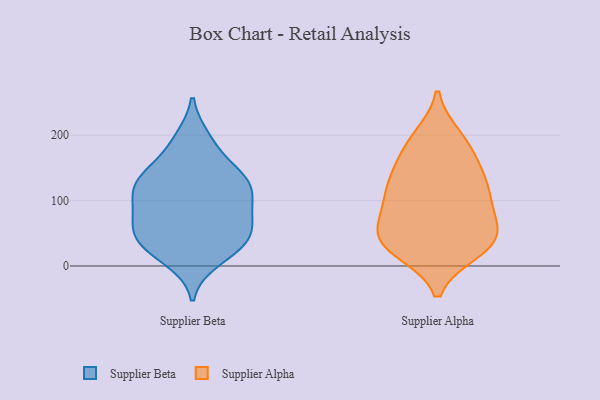
{"axis": {"x": "Budget (USD K)", "y": "Value"}, "legend": ["Supplier Alpha", "Supplier Beta"], "data": [{"x": "", "y": 131, "type": "Supplier Beta"}, {"x": "", "y": 57, "type": "Supplier Beta"}, {"x": "", "y": 11, "type": "Supplier Beta"}, {"x": "", "y": 35, "type": "Supplier Beta"}, {"x": "", "y": 140, "type": "Supplier Beta"}, {"x": "", "y": 123, "type": "Supplier Beta"}, {"x": "", "y": 193, "type": "Supplier Beta"}, {"x": "", "y": 120, "type": "Supplier Beta"}, {"x": "", "y": 184, "type": "Supplier Beta"}, {"x": "", "y": 84, "type": "Supplier Beta"}, {"x": "", "y": 133, "type": "Supplier Beta"}, {"x": "", "y": 122, "type": "Supplier Beta"}, {"x": "", "y": 92, "type": "Supplier Beta"}, {"x": "", "y": 39, "type": "Supplier Beta"}, {"x": "", "y": 75, "type": "Supplier Beta"}, {"x": "", "y": 66, "type": "Supplier Beta"}, {"x": "", "y": 32, "type": "Supplier Beta"}, {"x": "", "y": 33, "type": "Supplier Beta"}, {"x": "", "y": 44, "type": "Supplier Alpha"}, {"x": "", "y": 35, "type": "Supplier Alpha"}, {"x": "", "y": 70, "type": "Supplier Alpha"}, {"x": "", "y": 117, "type": "Supplier Alpha"}, {"x": "", "y": 106, "type": "Supplier Alpha"}, {"x": "", "y": 197, "type": "Supplier Alpha"}, {"x": "", "y": 41, "type": "Supplier Alpha"}, {"x": "", "y": 190, "type": "Supplier Alpha"}, {"x": "", "y": 85, "type": "Supplier Alpha"}, {"x": "", "y": 23, "type": "Supplier Alpha"}, {"x": "", "y": 30, "type": "Supplier Alpha"}, {"x": "", "y": 62, "type": "Supplier Alpha"}, {"x": "", "y": 147, "type": "Supplier Alpha"}, {"x": "", "y": 139, "type": "Supplier Alpha"}, {"x": "", "y": 103, "type": "Supplier Alpha"}, {"x": "", "y": 181, "type": "Supplier Alpha"}, {"x": "", "y": 135, "type": "Supplier Alpha"}, {"x": "", "y": 29, "type": "Supplier Alpha"}]}